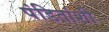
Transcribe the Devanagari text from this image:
पंडितांशी